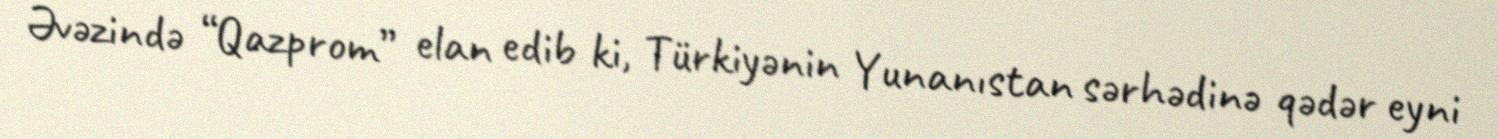
Əvəzində “Qazprom” elan edib ki, Türkiyənin Yunanıstan sərhədinə qədər eyni